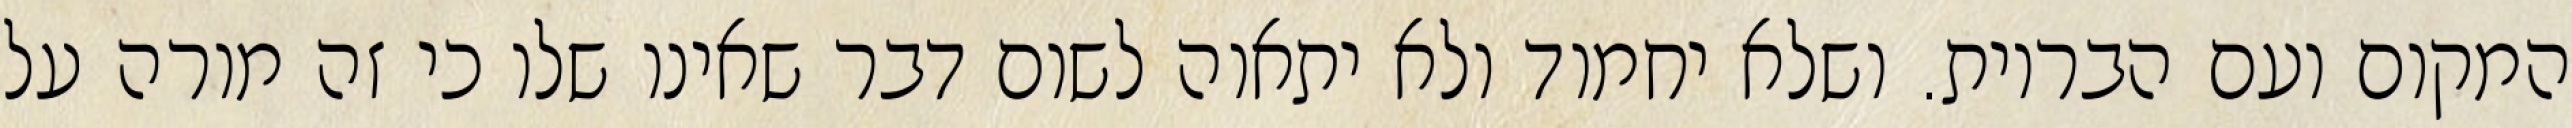
המקום ועם הבריות. ושלא יחמוד ולא יתאוה לשום דבר שאינו שלו כי זה מורה על